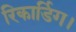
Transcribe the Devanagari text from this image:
रिकार्डिग।